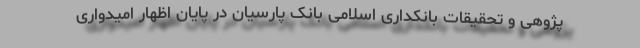
پژوهی و تحقیقات بانکداری اسلامی بانک پارسیان در پایان اظهار امیدواری